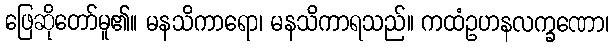
ဖြေဆိုတော်မူ၏။ မနသိကာရော၊ မနသိကာရသည်။ ကထံဥဟနလက္ခဏော၊